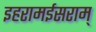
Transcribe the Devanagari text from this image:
इहरामईसराम्